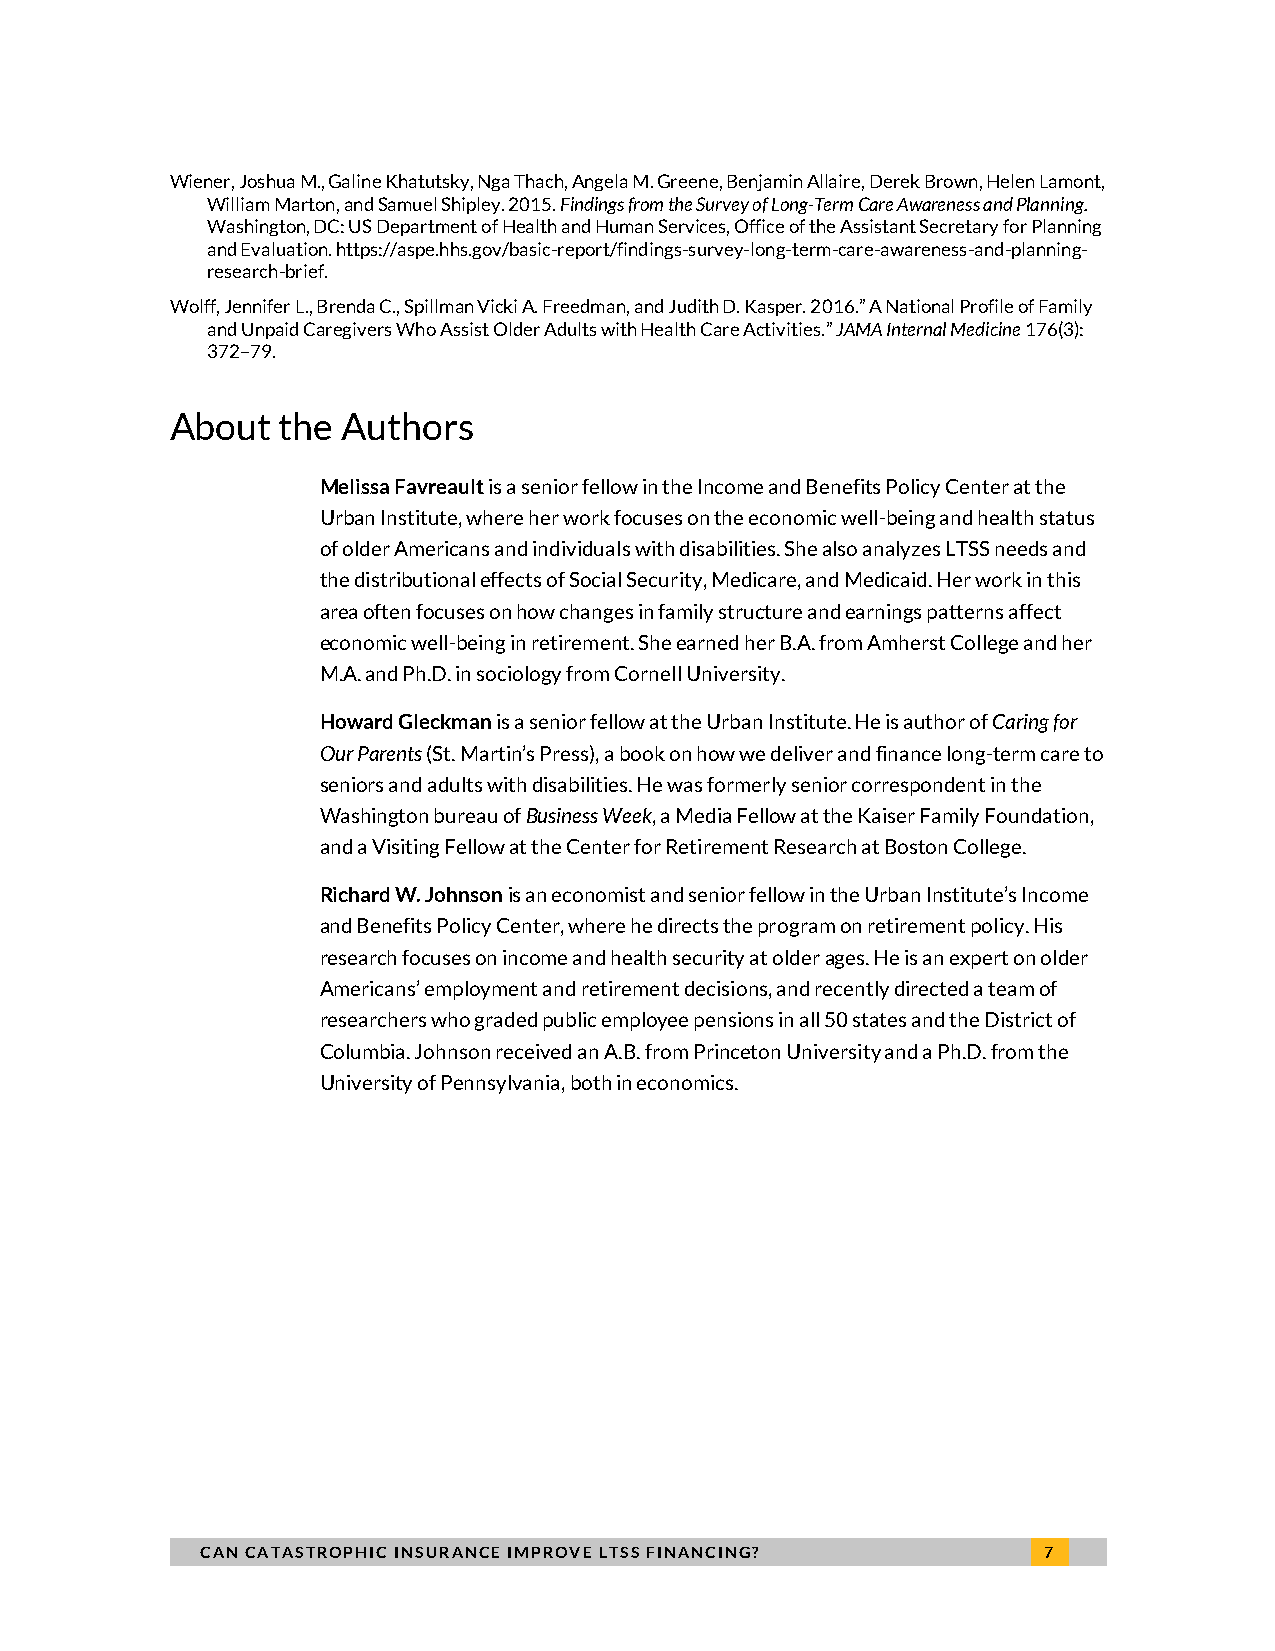
Wiener, Joshua M., Galine Khatutsky, Nga Thach, Angela M. Greene, Benjamin Allaire, Derek Brown, Helen Lamont,
 William Marton, and Samuel Shipley. 2015. Findings from the Survey of Long-Term Care Awareness and Planning.
 Washington, DC: US Department of Health and Human Services, Office of the Assistant Secretary for Planning
 and Evaluation. https://aspe.hhs.gov/basic-report/findings-survey-long-term-care-awareness-and-planning-
 research-brief.
 Wolff, Jennifer L., Brenda C., Spillman Vicki A. Freedman, and Judith D. Kasper. 2016.” A National Profile of Family
 and Unpaid Caregivers Who Assist Older Adults with Health Care Activities.” JAMA Internal Medicine 176(3):
 372–79.
 About  the  Authors
 Melissa Favreault is a senior fellow in the Income and Benefits Policy Center at the
 Urban Institute, where her work focuses on the economic well-being and health status
 of older Americans and individuals with disabilities. She also analyzes LTSS needs and
 the distributional effects of Social Security, Medicare, and Medicaid. Her work in this
 area often focuses on how changes in family structure and earnings patterns affect
 economic well-being in retirement. She earned her B.A. from Amherst College and her
 M.A. and Ph.D. in sociology from Cornell University.
 Howard Gleckman is a senior fellow at the Urban Institute. He is author of Caring for
 Our Parents (St. Martin’s Press), a book on how we deliver and finance long-term care to
 seniors and adults with disabilities. He was formerly senior correspondent in the
 Washington bureau of Business Week, a Media Fellow at the Kaiser Family Foundation,
 and a Visiting Fellow at the Center for Retirement Research at Boston College.
 Richard W. Johnson is an economist and senior fellow in the Urban Institute’s Income
 and Benefits Policy Center, where he directs the program on retirement policy. His
 research focuses on income and health security at older ages. He is an expert on older
 Americans’ employment and retirement decisions, and recently directed a team of
 researchers who graded public employee pensions in all 50 states and the District of
 Columbia. Johnson received an A.B. from Princeton University and a Ph.D. from the
 University of Pennsylvania, both in economics.
 CAN CATASTROPHIC INSURANCE IMPROVE LTSS FINANCING?      7